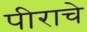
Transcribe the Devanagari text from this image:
पीराचे